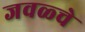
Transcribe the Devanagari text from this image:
जवळ्चे